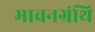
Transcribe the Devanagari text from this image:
भावनग्रंथि